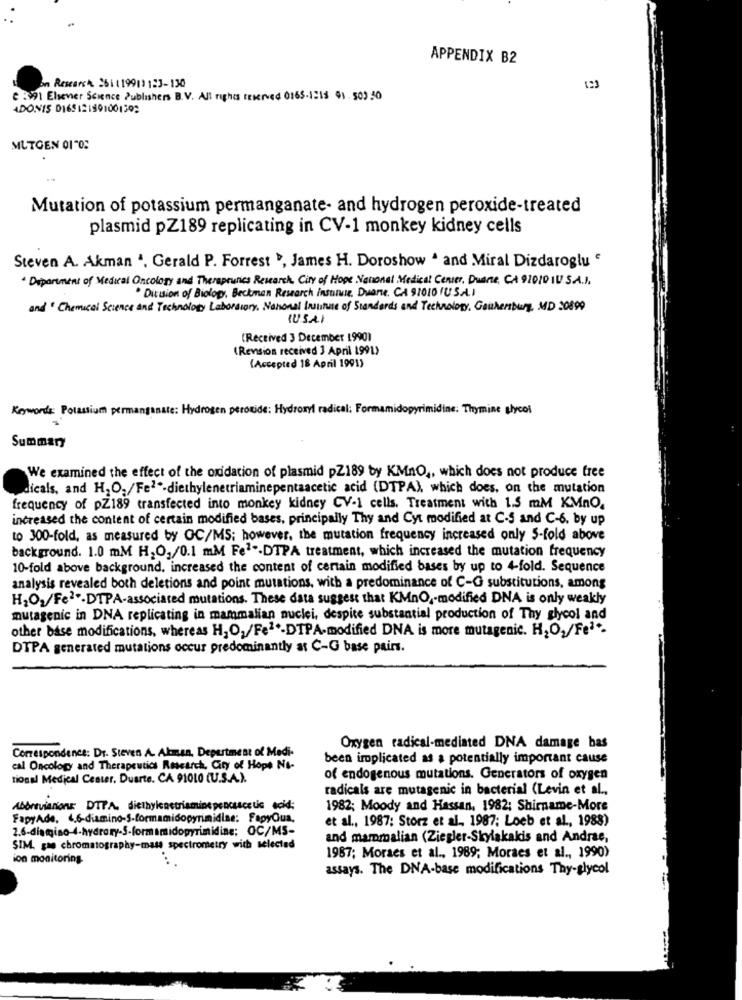
APPENDIX B2
on Research 251119911123-130
e 3991 Elsevier Science Publishers B.V. All rights reserved 0165-1:15 91 503.50
ADONIS 0165121891001392
MUTGEN 01"0:
Mutation of potassium permanganate- and hydrogen peroxide-treated
plasmid pZ189 replicating in CV-1 monkey kidney cells
Steven A. Akman ". Gerald P. Forrest », James H. Doroshow " and Miral Dizdaroglu e
Department of Medical Oncolory and Therapeutics Research, City of Hope National Medical Center, Duarte, CA 91010 IU.S.A.I.
. Division of Biology, Beckman Research insure, Duarte, CA 91010 1U S.A. I
and Chemical Science and Technology Laboratory, Nahonal Institute of Standards and Technology, Gaulerbury, MD 20899
(USA)
(Received 3 December 1990)
(Rension received 3 April 1991)
(Accepted 18 April 1991)
Keywords: Potassium permant
atc: H
ten peroxide: Hydr
Formamidopyrimidine: Thymine glycol
Summary
We examined the effect of the oxidation of plasmid pZ189 by KMnO ., which does not produce free
dicals, and H,O;/Fel-diethylenetriaminepentaacetic acid (DTPA), which does, on the mutation
frequency of pZ189 transfected into monkey kidney CV-1 cells. Treatment with 1.5 mM KMnO.
increased the content of certain modified bases, principally Thy and Cyt modified at C-5 and C-6. by up
to 300-fold, as measured by GC/MS; however, the mutation frequency increased only 5-fold above
background. 1.0 mM H,O,/0.1 mM Fel .- DTPA treatment, which increased the mutation frequency
10-fold above background. increased the content of certain modified bases by up to 4-fold. Sequence
analysis revealed both deletions and point mutations, with a predominance of C-G substitutions, among
H2O2/Fe2 *- DTPA-associated mutations. These data suggest that KMnO, modified DNA is only weakly
mutagenic in DNA replicating in mammalian nuclei, despite substantial production of Thy glycol and
other base modifications, whereas H,O,/Fel *- DTPA-modified DNA is more mutagenic. H2O2/Feª *-
DTPA generated mutations occur predominantly at C-G base pairs.
Correspondence: Dr. Steven A. Alman, Department of Medi-
Oxygen radical-mediated DNA damage bas
been implicated as a potentially important cause
cal Oncology and Therapeutics Research, City of Hope No-
tional Medical Center. Duarte. CA 91010 (U.S.A.).
of endogenous mutations. Generators of oxygen
radicals are mutagenic in bacterial (Levin et al .,
Abbrevianione DTPA. diethylenetriaminepencsacetic acid;
1982; Moody and Hassan, 1982; Shirname-More
FapyAde, 4,6-diamino-S-formamidopyrimidine; FagyQua,
et al ., 1987: Storz et al ., 1987; Loeb et al ., 1988)
2.6-diamiso-4-hydrory-S-formamidopyrimidine; OC/MS-
and mammalian (Ziegler-Skylakakis and Andrae,
SIM. gas chromatography-mass spectrometry with selected
ion monitoring
1987; Moraes et al ., 1989; Moraes et al ., 1990)
assays. The DNA-base modifications Thy-glycol